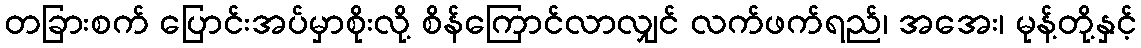
တခြားစက် ပြောင်းအပ်မှာစိုးလို့ စိန်ကြောင်လာလျှင် လက်ဖက်ရည်၊ အအေး၊ မုန့်တို့နှင့်